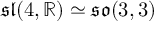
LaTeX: { \mathfrak { s l } } ( 4 , \mathbb { R } ) \simeq { \mathfrak { s o } } ( 3 , 3 )